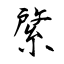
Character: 綮